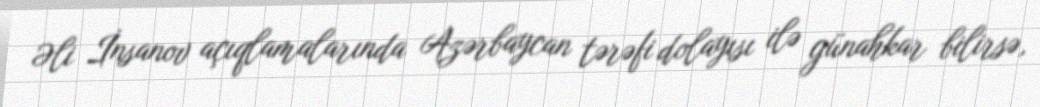
Əli İnsanov açıqlamalarında Azərbaycan tərəfi dolayısı ilə günahkar bilirsə,